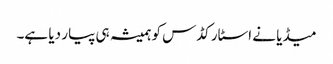
میڈیا نے اسٹار کڈس کو ہمیشہ ہی پیار دیا ہے۔